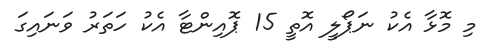
މި މޮޅާ އެކު ނަޕޯލީ އޮތީ 15 ޕޮއިންޓާ އެކު ހަތަރު ވަނައިގަ